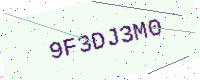
Text: 9F3DJ3M0